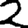
Digit: 2